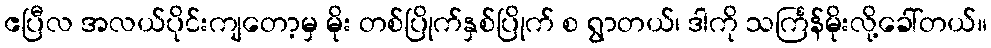
ဧပြီလ အလယ်ပိုင်းကျတော့မှ မိုး တစ်ပြိုက်နှစ်ပြိုက် စ ရွာတယ်၊ ဒါကို သင်္ကြန်မိုးလို့ခေါ်တယ်။